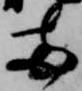
両